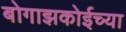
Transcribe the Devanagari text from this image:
बोगाझकोईच्या